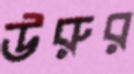
উরুর